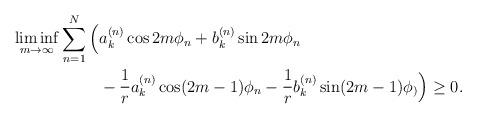
LaTeX: \begin{align*}\begin{aligned}\liminf_{m\to\infty} \sum_{n=1}^N \Big( &a_k^{(n)}\cos2m\phi_n+b_k^{(n)}\sin2m\phi_n\\&-\frac1r a_k^{(n)}\cos(2m-1)\phi_n-\frac1r b_k^{(n)}\sin(2m-1)\phi_)\Big)\ge0.\end{aligned}\end{align*}